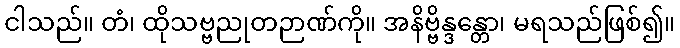
ငါသည်။ တံ၊ ထိုသဗ္ဗညုတဉာဏ်ကို။ အနိဗ္ဗိန္ဒန္တော၊ မရသည်ဖြစ်၍။